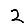
Digit: 2